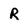
Character: R